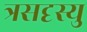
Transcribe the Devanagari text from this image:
त्रसदृस्यु